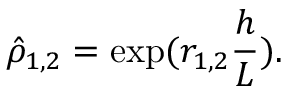
\hat { \rho } _ { 1 , 2 } = \exp ( r _ { 1 , 2 } \frac { h } { L } ) .